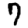
Digit: 7